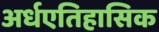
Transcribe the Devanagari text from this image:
अर्धएतिहासिक